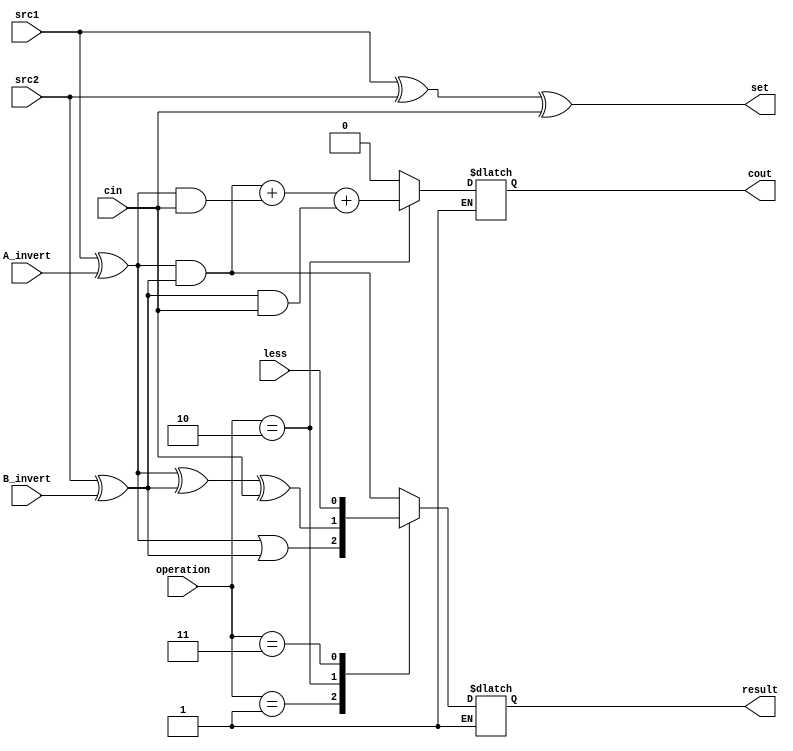
`timescale 1ns / 1ps
//////////////////////////////////////////////////////////////////////////////////
// Company: 
// 
// Design Name: 
// Module Name:    alu_bot
// Project Name:   ALU 32-BIT 
// Target Devices: 
// Tool versions: 
// Description: 
//
// Dependencies: 
//
// Revision: 
// Revision 0.01 - File Created
// Additional Comments: 
//
//////////////////////////////////////////////////////////////////////////////////
module alu_bot(
               src1,       //1 bit source 1 (input)
               src2,       //1 bit source 2 (input)
               less,       //1 bit less     (input)
               A_invert,   //1 bit A_invert (input)
               B_invert,   //1 bit B_invert (input)
               cin,        //1 bit carry in (input)
               operation,  //operation      (input)
               result,     //1 bit result   (output)
               cout,       //1 bit carry out(output)
               set
               );

input         src1;
input         src2;
input         less;
input         A_invert;
input         B_invert;
input         cin;
input [2-1:0] operation;

output   reg  result;
output   reg   cout;
output		set;

reg a_in , b_in;
reg done;
//assign set = s1 ^ s2 ^ cin;//set_basic

assign	set = (src1 ^ src2 ^ cin);

always@(*)begin

done =0 ;

if(done == 0)begin
	a_in = src1 ^ A_invert;
	b_in = src2 ^ B_invert;
	
	case(operation)
		2'b00:	begin		//And
				result = a_in & b_in;
				cout = 0;
			end
			
		2'b01:	begin		//Or
				result = a_in | b_in;
				cout = 0;
			end
		
		2'b10:	begin		//Add
				result = a_in ^ b_in ^ cin;
				cout = (a_in & b_in) + (a_in & cin) + (b_in&cin); 
			end
		
		2'b11:	begin		//less
				result = less;
				cout = 0; //SLT do not have cout!
				//cout = (s1&s2) + (s1&cin) + (s2&cin); 
			end
	endcase
	
	done = 1;
	
	end
else begin
	result = result;
	cout = cout;
end
	
end

endmodule